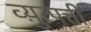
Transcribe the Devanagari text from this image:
व्य़ुत्पत्ती